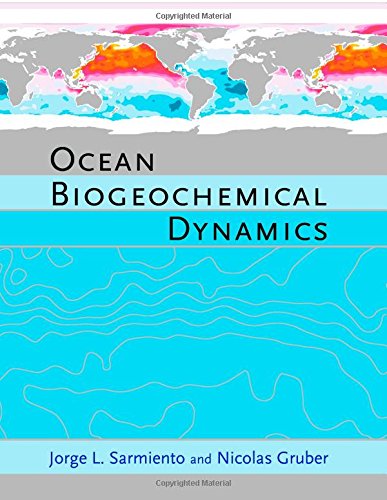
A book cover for Ocean Biogeochemical Dynamics; Jorge L. Sarmiento; Science & Math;